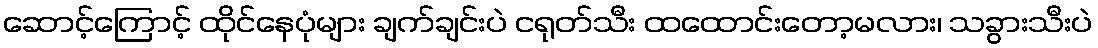
ဆောင့်ကြောင့် ထိုင်နေပုံများ ချက်ချင်းပဲ ငရုတ်သီး ထထောင်းတော့မလား၊ သခွားသီးပဲ